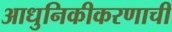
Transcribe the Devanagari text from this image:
आधुनिकीकरणाची